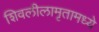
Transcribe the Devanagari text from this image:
शिवलीलामृतामध्ये